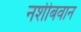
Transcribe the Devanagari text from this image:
नशीबवान